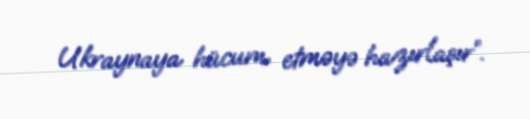
Ukraynaya hücum etməyə hazırlaşır”.